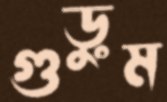
গুড়ুম